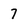
Character: 7